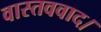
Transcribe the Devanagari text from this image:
वास्तववाद।